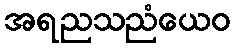
အရညသညံယေဝ